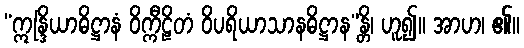
“ဣန္ဒြိယာဓိဋ္ဌာနံ ဝိက္ကီဠိတံ ဝိပရိယာသာနဓိဋ္ဌာန”န္တိ၊ ဟူ၍။ အာဟ၊ ၏။